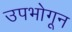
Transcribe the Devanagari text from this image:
उपभोगून